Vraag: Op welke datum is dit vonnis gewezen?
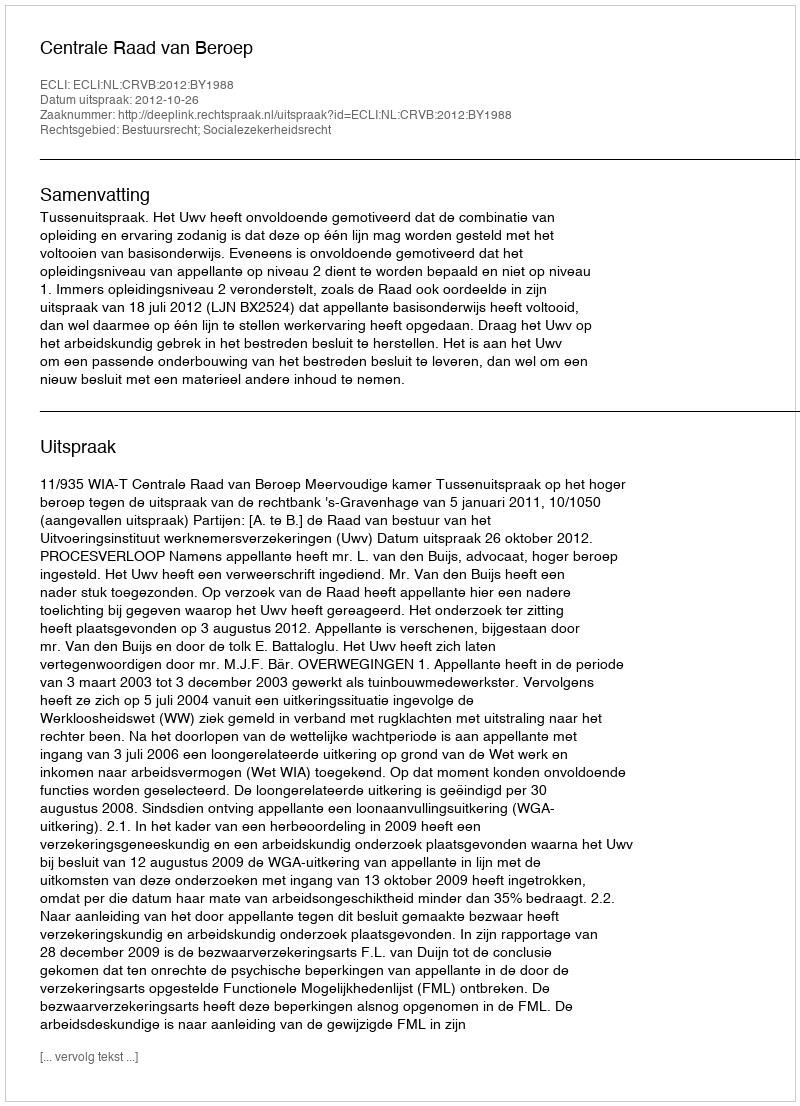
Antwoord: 2012-10-26